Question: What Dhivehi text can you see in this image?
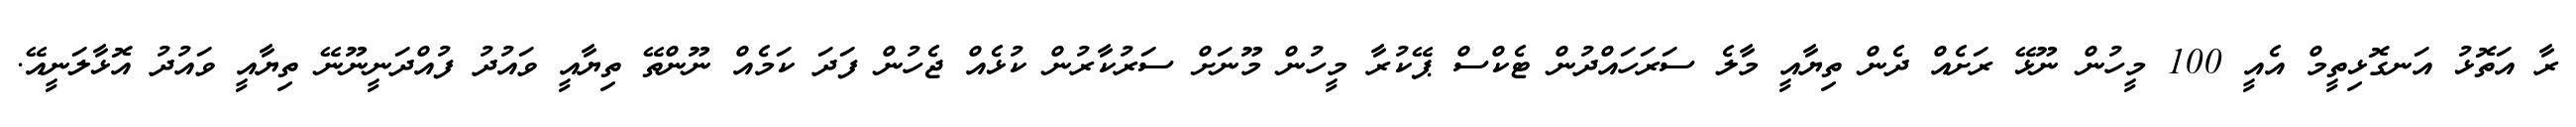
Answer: ރާ އަތޮޅު އަނގޮޅިތީމް އެއީ 100 މީހުން ނޫޅޭ ރަށެއް ދެން ތިޔާއީ މާލެ ސަރަހައްދުން ޓެކްސް ޕޭކުރާ މީހުން މޫނަށް ސަރުކާރުން ކުޅެއް ޖެހުން ފަދަ ކަމެއް ނޫންތޭ ތިޔާއީ ވައުދު ފުއްދަނީނޫނޭ ތިޔާއީ ވައުދު އޮޅާލަނީއޭ.